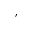
,